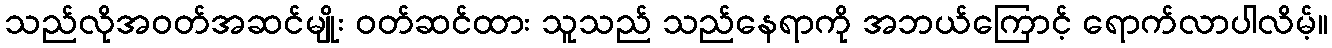
သည်လိုအဝတ်အဆင်မျိုး ဝတ်ဆင်ထား သူသည် သည်နေရာကို အဘယ်ကြောင့် ရောက်လာပါလိမ့်။